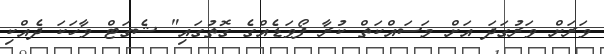
ވަރަށް ވަރުގަދަ އަށް މަސައްކަތް ކުރާ ފޯވަޑެއްގެ ގޮތުގައި" ޝެގަޓް ވާހަކަ ދެއްކި